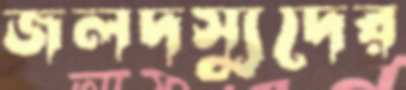
জলদস্যুদের